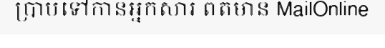
ប្រាប់ទៅកាន់អ្នកសារ ព៌តមាន MailOnline